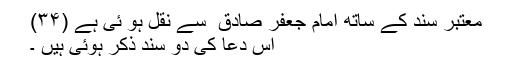
معتبر سند کے ساتھ امام جعفر صادق ؑ سے نقل ہو ئی ہے (۳۴)
اس دعا کی دو سند ذکر ہوئی ہیں ۔